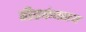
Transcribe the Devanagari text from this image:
वीरकंपराय